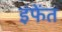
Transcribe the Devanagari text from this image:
इंफेंत